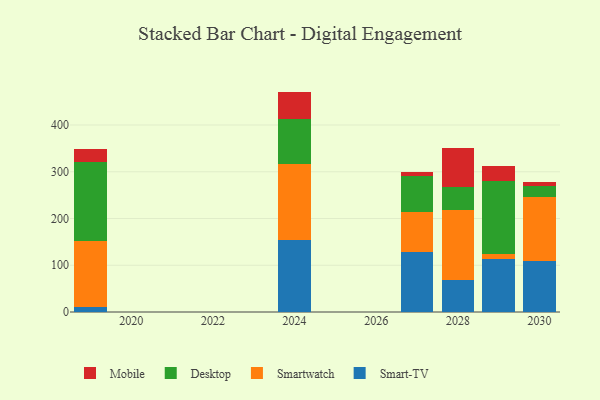
{"axis": {"x": "Year", "y": "Backlog"}, "legend": ["Desktop", "Mobile", "Smart-TV", "Smartwatch"], "data": [{"x": "2029", "y": 113.3, "type": "Smart-TV"}, {"x": "2029", "y": 10.0, "type": "Smartwatch"}, {"x": "2029", "y": 156.6, "type": "Desktop"}, {"x": "2029", "y": 32.7, "type": "Mobile"}, {"x": "2027", "y": 128.5, "type": "Smart-TV"}, {"x": "2027", "y": 85.2, "type": "Smartwatch"}, {"x": "2027", "y": 77.4, "type": "Desktop"}, {"x": "2027", "y": 7.8, "type": "Mobile"}, {"x": "2028", "y": 69.0, "type": "Smart-TV"}, {"x": "2028", "y": 149.2, "type": "Smartwatch"}, {"x": "2028", "y": 49.3, "type": "Desktop"}, {"x": "2028", "y": 82.3, "type": "Mobile"}, {"x": "2030", "y": 110.1, "type": "Smart-TV"}, {"x": "2030", "y": 136.3, "type": "Smartwatch"}, {"x": "2030", "y": 22.7, "type": "Desktop"}, {"x": "2030", "y": 9.1, "type": "Mobile"}, {"x": "2019", "y": 10.7, "type": "Smart-TV"}, {"x": "2019", "y": 140.4, "type": "Smartwatch"}, {"x": "2019", "y": 169.1, "type": "Desktop"}, {"x": "2019", "y": 27.9, "type": "Mobile"}, {"x": "2024", "y": 153.2, "type": "Smart-TV"}, {"x": "2024", "y": 164.1, "type": "Smartwatch"}, {"x": "2024", "y": 96.1, "type": "Desktop"}, {"x": "2024", "y": 58.1, "type": "Mobile"}]}